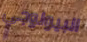
البيولوجي